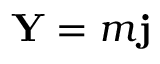
\mathbf { Y } = m \mathbf { j }